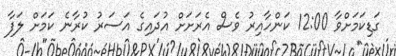
ގަޑިކަމަށްވާ 12:00 ކަންހާއިރު ވެސް އެރަށަށް އުދައިގެ އަސަރު ކުރާނެ ކަމަށް ލަފާ